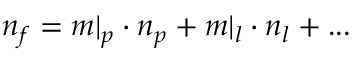
n _ { f } = m \vert _ { p } \cdot n _ { p } + m \vert _ { l } \cdot n _ { l } + . . .